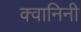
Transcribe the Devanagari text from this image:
क्वानिनी